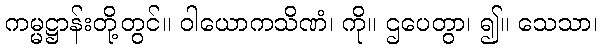
ကမ္မဋ္ဌာန်းတို့တွင်။ ဝါယောကသိဏံ၊ ကို။ ဌပေတွာ၊ ၍။ သေသာ၊